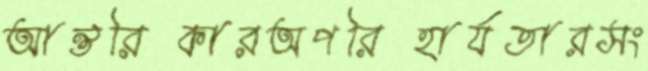
আন্তরিকারঅপরিহার্যতারসং